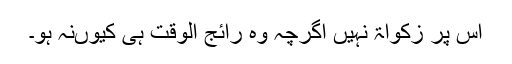
اس پر زکواۃ نہیں اگرچہ وہ رائج الوقت ہی کیوںنہ ہو۔